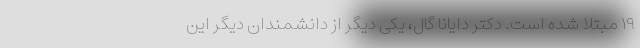
۱۹ مبتلا شده است. دکتر دایانا گال، یکی دیگر از دانشمندان دیگر این